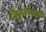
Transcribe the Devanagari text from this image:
विठ्ठलाप्रती